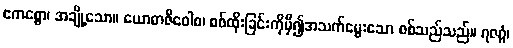
ဧကစ္စော၊ အချို့သော။ ယောဓာဇီဝေါစ၊ စစ်ထိုးခြင်းကိုမှီ၍အသက်မွေးသော စစ်သည်သည်။ ရဇဂ္ဂံ၊